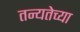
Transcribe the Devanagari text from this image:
तन्यतेच्या